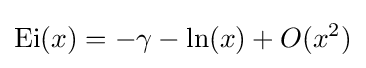
\mathrm {Ei} (x)=-\gamma -\ln(x)+O(x^{2})